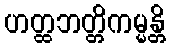
ဟတ္ထဘတ္တိကမ္မန္တိ